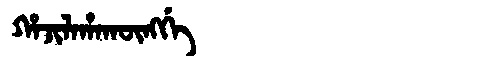
Manchu: ᡥᠠᠵᡳᠯᠠᡥᠠᡴᡡᠩᡤᡝ
Romanization: HAJILAHAKŪNGGE